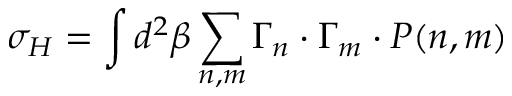
\sigma _ { H } = \int d ^ { 2 } \beta \sum _ { n , m } \Gamma _ { n } \cdot \Gamma _ { m } \cdot P ( n , m )